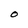
Character: O